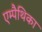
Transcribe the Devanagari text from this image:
एम्पैथिका